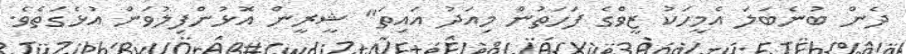
ދެން ބުނެބަލަ އެމީހަކު ޒީވްގެ ފަހަތުން މިއަދު އައިތަ" ޝީރީން އޮޅުންފިލުވަން އުޅެގަތެވެ.